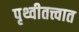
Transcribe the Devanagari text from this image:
पृथ्वीतत्त्वात